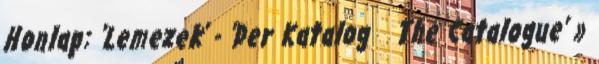
Honlap: 'Lemezek' - 'Der Katalog The Catalogue' »